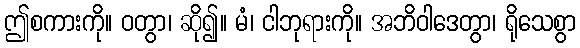
ဤစကားကို။ ဝတွာ၊ ဆို၍။ မံ၊ ငါဘုရားကို။ အဘိဝါဒေတွာ၊ ရိုသေစွာ